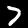
Label: 7